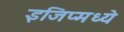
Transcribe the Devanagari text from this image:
इजिप्मध्ये